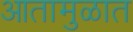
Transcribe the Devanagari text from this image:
आतामुळात